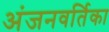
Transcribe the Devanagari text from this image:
अंजनवर्तिका